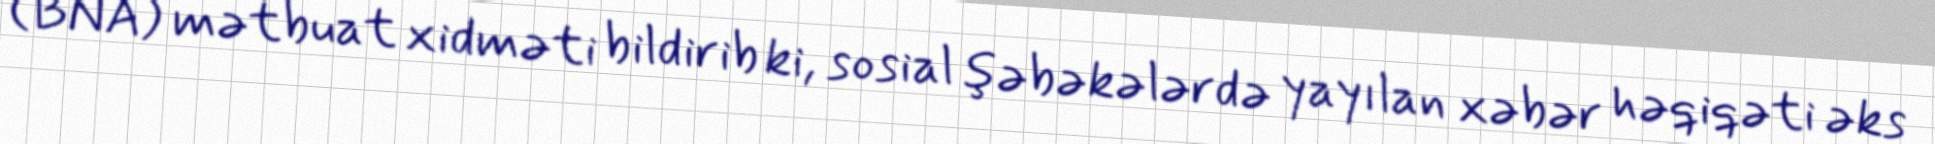
(BNA) mətbuat xidməti bildirib ki, sosial şəbəkələrdə yayılan xəbər həqiqəti əks